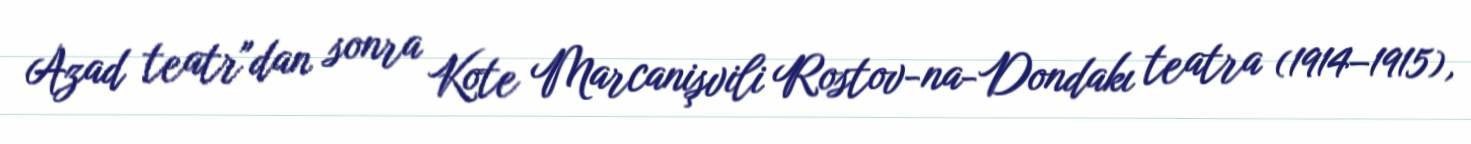
Azad teatr"dan sonra Kote Marcanişvili Rostov-na-Dondakı teatra (1914–1915),